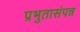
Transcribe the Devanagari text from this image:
प्रभुतासंपन्न